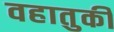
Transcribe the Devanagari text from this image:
वहातुकी